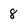
Character: 8